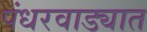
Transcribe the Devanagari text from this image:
पंधरवाड्यात